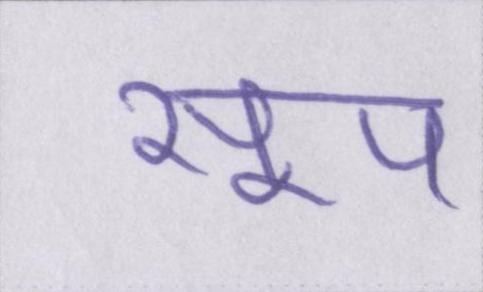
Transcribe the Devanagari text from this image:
सूप